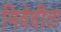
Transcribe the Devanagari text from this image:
निवेदीता